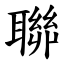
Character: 聯